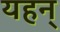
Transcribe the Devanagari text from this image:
यहन्